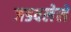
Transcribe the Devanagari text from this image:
जडवलेले